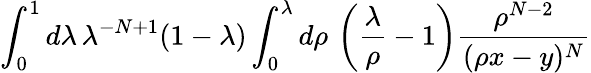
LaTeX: \int_{0}^{1}d\lambda\, \lambda^{-N+1}(1-\lambda)\int_{0}^{\lambda}d\rho\, \left(\frac{\lambda}{\rho}-1\right)\frac{\rho^{N-2}}{(\rho x-y)^{N}}